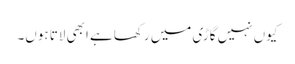
کیوں نہیں گاڑی میں رکھا ہے ابھی لاتا ہوں۔